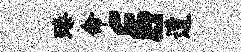
臻命E~遭